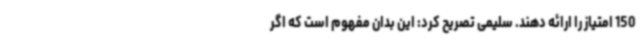
150 امتیاز را ارائه دهند. سلیمی تصریح کرد: این بدان مفهوم است که اگر